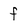
Character: f